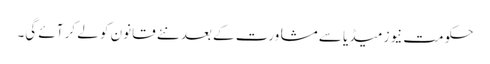
حکومت نیوز میڈیا سے مشاورت کے بعد نئے قانون کو لے کر آئے گی۔